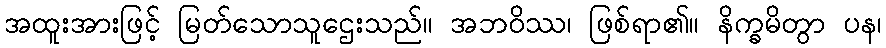
အထူးအားဖြင့် မြတ်သောသူဌေးသည်။ အဘဝိဿ၊ ဖြစ်ရာ၏။ နိက္ခမိတွာ ပန၊